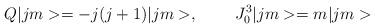
\begin{align*}Q|jm>=-j(j+1)|jm>,\;\;\;\;\;\;\;\;J^3_0|jm>=m|jm>\end{align*}